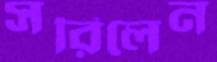
সরিলেন